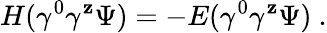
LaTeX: H(\gamma^{0}\gamma^{\mathbf{z}}\Psi)=-E(\gamma^{0}\gamma^{\mathbf{z}}\Psi)\ .